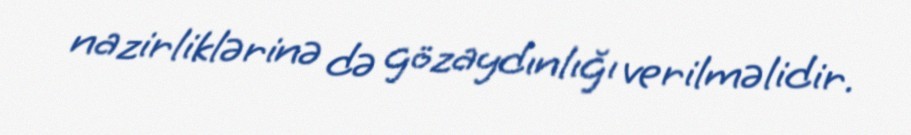
nazirliklərinə də gözaydınlığı verilməlidir.